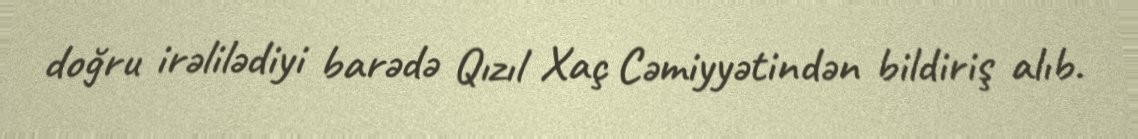
doğru irəlilədiyi barədə Qızıl Xaç Cəmiyyətindən bildiriş alıb.